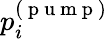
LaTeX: p_{i}^{(\mathrm{~p~u~m~p~})}